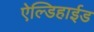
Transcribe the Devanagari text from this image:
ऐल्डिहाईड